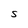
Character: S